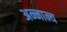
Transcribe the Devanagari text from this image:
अन्नान्य